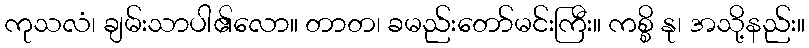
ကုသလံ၊ ချမ်းသာပါ၏လော။ တာတ၊ ခမည်းတော်မင်းကြီး။ ကစ္စိ နု၊ အသို့နည်း။